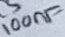
Text: 100nF